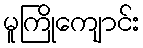
မူကြိုကျောင်း